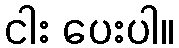
ငါး ပေးပါ။